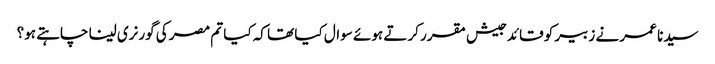
سیدنا عمر نے زبیر کو قائد جیش مقرر کرتے ہوئے سوال کیا تھا کہ کیا تم مصر کی گورنری لینا چاہتے ہو؟